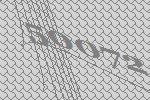
50072